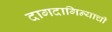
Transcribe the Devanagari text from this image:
दागदागिन्याची